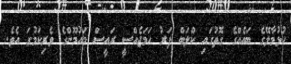
ހުޅުމާލޭގެ ބައެއްގެ ގޮތުގައި ކްލަބް ފަރު ހަމަޖެއްސީ ރައީސް މައުމޫންގެ ވެރިކަމުގަ އެވެ.